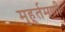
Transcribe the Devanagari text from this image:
मुहूर्तमणी